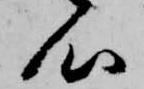
心